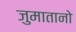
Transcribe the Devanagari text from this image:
जुमातानो